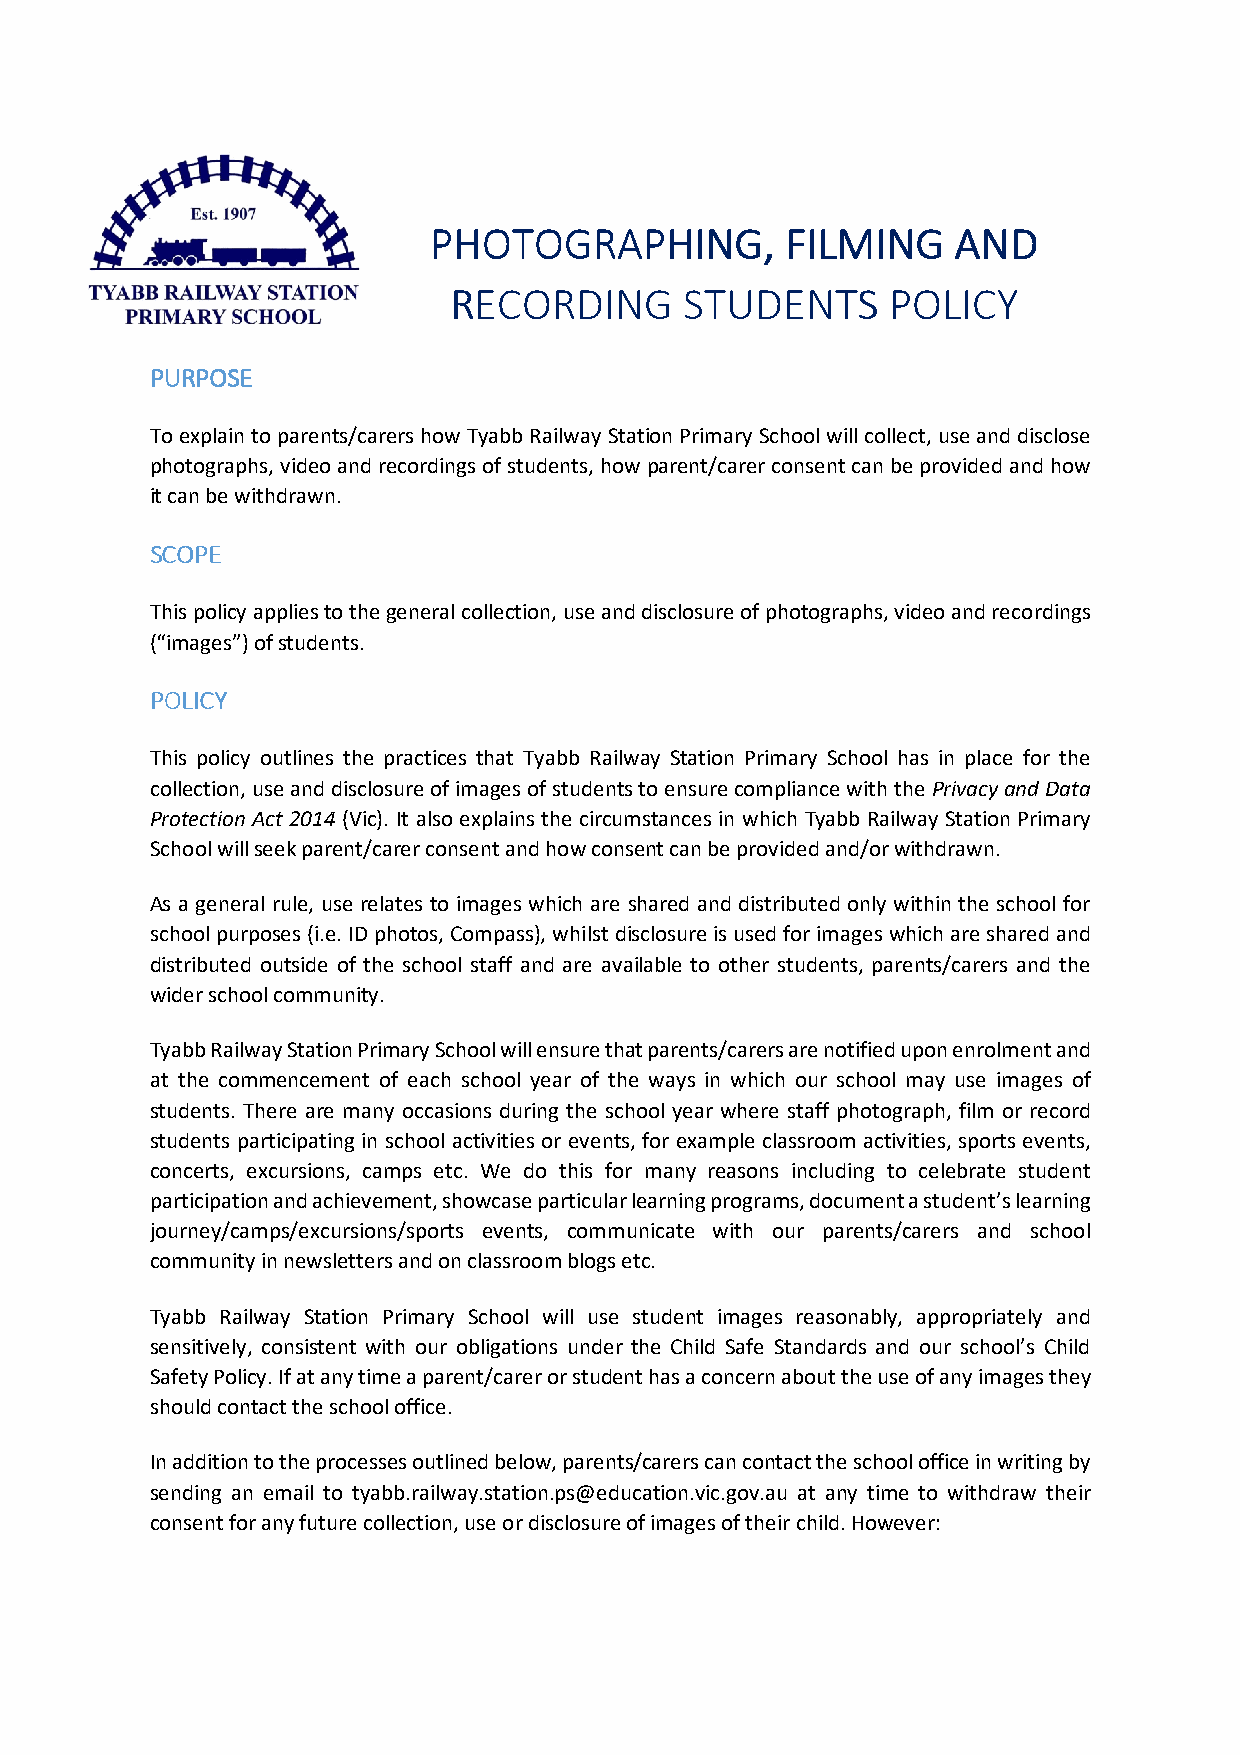
PPPPHHHHOOOOTTTTOOOOGGGGRRRRAAAAPPPPHHHHIIIINNNNGGGG,,,, FFFFIIIILLLLMMMMIIIINNNNGGGG AAAANNNNDDDD
 RRRREEEECCCCOOOORRRRDDDDIIIINNNNGGGG SSSSTTTTUUUUDDDDEEEENNNNTTTTSSSS PPPPOOOOLLLLIIIICCCCYYYY
 PPPPUUUURRRRPPPPOOOOSSSSEEEE
 To explain to parents/carers how Tyabb Railway Station Primary School will collect, use and disclose
 photographs, video and recordings of students, how parent/carer consent can be provided and how
 it can be withdrawn.
 SSSSCCCCOOOOPPPPEEEE
 This policy applies to the general collection, use and disclosure of photographs, video and recordings
 (“images”) of students.
 PPPPOOOOLLLLIIIICCCCYYYY
 This policy outlines the practices that Tyabb Railway Station Primary School has in place for the
 collection, use and disclosure of images of students to ensure compliance with the Privacy and Data
 Protection Act 2014 (Vic). It also explains the circumstances in which Tyabb Railway Station Primary
 School will seek parent/carer consent and how consent can be provided and/or withdrawn.
 As a general rule, use relates to images which are shared and distributed only within the school for
 school purposes (i.e. ID photos, Compass), whilst disclosure is used for images which are shared and
 distributed outside of the school staff and are available to other students, parents/carers and the
 wider school community.
 Tyabb Railway Station Primary School will ensure that parents/carers are notified upon enrolment and
 at the commencement of each school year of the ways in which our school may use images of
 students. There are many occasions during the school year where staff photograph, film or record
 students participating in school activities or events, for example classroom activities, sports events,
 concerts, excursions, camps etc. We do this for many reasons including to celebrate student
 participation and achievement, showcase particular learning programs, document a student’s learning
 journey/camps/excursions/sports events, communicate with our parents/carers and school
 community in newsletters and on classroom blogs etc.
 Tyabb Railway Station Primary School will use student images reasonably, appropriately and
 sensitively, consistent with our obligations under the Child Safe Standards and our school’s Child
 Safety Policy. If at any time a parent/carer or student has a concern about the use of any images they
 should contact the school office.
 In addition to the processes outlined below, parents/carers can contact the school office in writing by
 sending an email to tyabb.railway.station.ps@education.vic.gov.au at any time to withdraw their
 consent for any future collection, use or disclosure of images of their child. However: